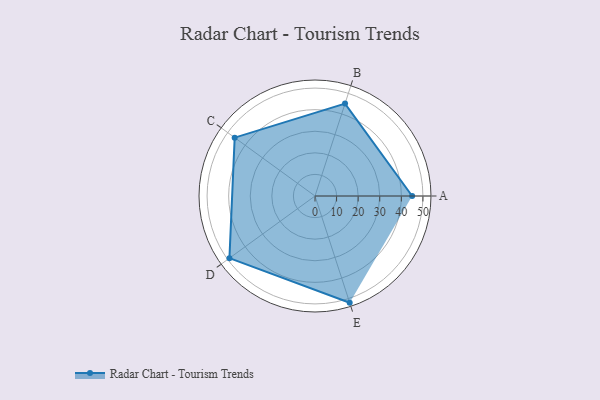
{"axis": {"x": "Skill", "y": "Score"}, "legend": ["Profile"], "data": [{"x": "A", "y": 45.0, "type": "Profile"}, {"x": "B", "y": 45.0, "type": "Profile"}, {"x": "C", "y": 46.0, "type": "Profile"}, {"x": "D", "y": 49.0, "type": "Profile"}, {"x": "E", "y": 52.0, "type": "Profile"}]}